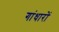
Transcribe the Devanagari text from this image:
गांधारों